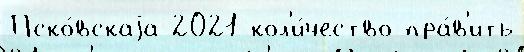
Пско́вскаjа 2021 кол'и́чество пра́в'ить